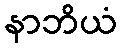
နာဘိယံ